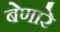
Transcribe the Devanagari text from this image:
बेणारे